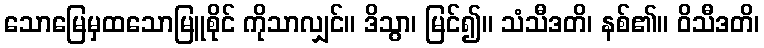
သောမြေမှထသောမြူစိုင် ကိုသာလျှင်။ ဒိသွာ၊ မြင်၍။ သံသီဒတိ၊ နစ်၏။ ဝိသီဒတိ၊